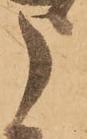
申